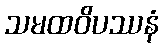
သမထဝိပဿနံ